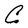
Character: C